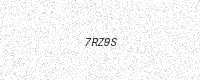
Text: 7RZ9S